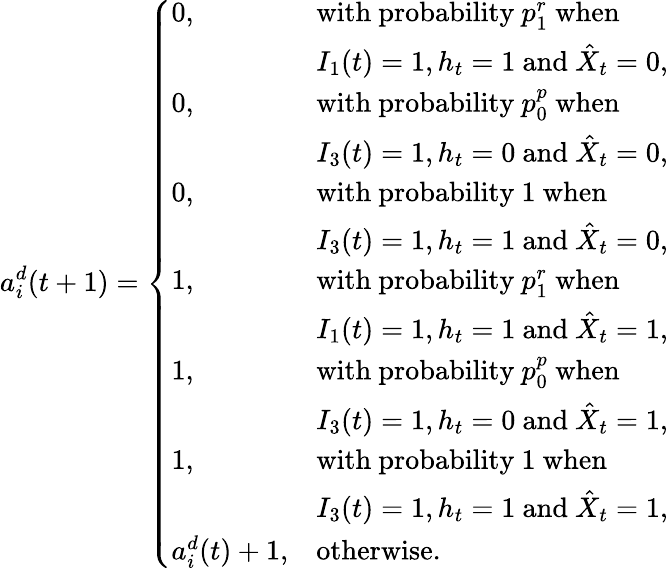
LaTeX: a_{i}^{d}(t+1)=\left\{ \begin{array}{ll}{0,}&{\mathrm{with~probability~}p_{1}^{r}\mathrm{~when}}\\ &{I_{1}(t)=1,h_{t}=1\mathrm{~and~}\hat{X}_{t}=0,}\\ {0,}&{\mathrm{with~probability~}p_{0}^{p}\mathrm{~when~}}\\ &{I_{3}(t)=1,h_{t}=0\mathrm{~and~}\hat{X}_{t}=0,}\\ {0,}&{\mathrm{with~probability~}1\mathrm{~when~}}\\ &{I_{3}(t)=1,h_{t}=1\mathrm{~and~}\hat{X}_{t}=0,}\\ {1,}&{\mathrm{with~probability~}p_{1}^{r}\mathrm{~when~}}\\ &{I_{1}(t)=1,h_{t}=1\mathrm{~and~}\hat{X}_{t}=1,}\\ {1,}&{\mathrm{with~probability~}p_{0}^{p}\mathrm{~when~}}\\ &{I_{3}(t)=1,h_{t}=0\mathrm{~and~}\hat{X}_{t}=1,}\\ {1,}&{\mathrm{with~probability~}1\mathrm{~when~}}\\ &{I_{3}(t)=1,h_{t}=1\mathrm{~and~}\hat{X}_{t}=1,}\\ {a_{i}^{d}(t)+1,}&{\mathrm{otherwise}.}\end{array}\right.